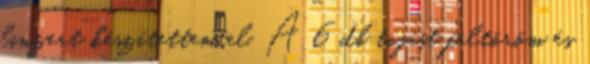
linzert készítettem el. A 6 db tojást feltöröm és